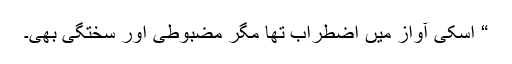
“ اُسکی آواز میں اضطراب تھا مگر مضبوطی اور سختگی بھی۔